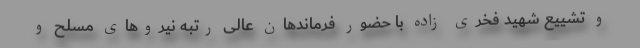
و تشییع شهید فخری زاده با حضور فرماندهان عالی رتبه نیروهای مسلح و